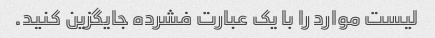
لیست موارد را با یک عبارت فشرده جایگزین کنید.